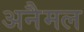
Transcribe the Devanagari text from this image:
अनैमल